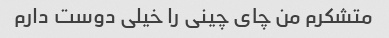
متشکرم من چای چینی را خیلی دوست دارم